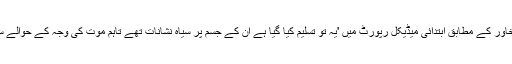
صلاح الدین کے وکیل اسامہ خاور کے مطابق ابتدائی میڈیکل رپورٹ میں 'یہ تو تسلیم کیا گیا ہے ان کے جسم پر سیاہ نشانات تھے تاہم موت کی وجہ کے حوالے سے حتمی رائے نہیں دی گئی۔